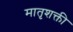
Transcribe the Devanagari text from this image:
मातृशक्ती